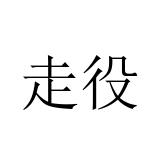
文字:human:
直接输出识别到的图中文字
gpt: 走役